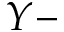
Y -